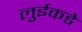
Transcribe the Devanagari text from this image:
लुईकडे